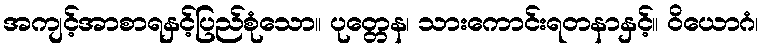
အကျင့်အာစာရနှင့်ပြည်စုံသော။ ပုတ္တေန၊ သားကောင်းရတနာနှင့်။ ဝိယောဂံ၊